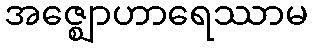
အဇ္ဈောဟာရေဿာမ